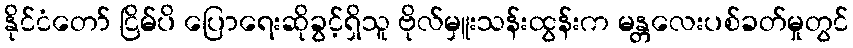
နိုင်ငံတော် ငြိမ်ပိ ပြောရေးဆိုခွင့်ရှိသူ ဗိုလ်မှူးသန်းထွန်းက မန္တလေးပစ်ခတ်မှုတွင်